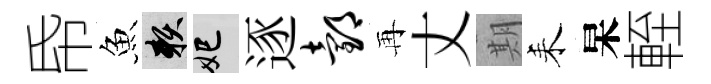
帋魚賴妃逐邰再丈期耒杲輊